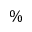
\%